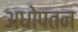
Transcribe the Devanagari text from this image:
अधोपतन